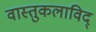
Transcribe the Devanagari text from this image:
वास्तुकलाविद्